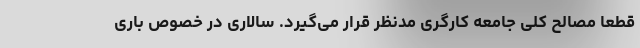
قطعاً مصالح کلی جامعه کارگری مدنظر قرار می‌گیرد. سالاری در خصوص باری